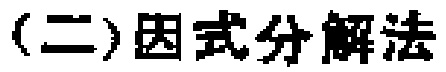
(二)因式分解法